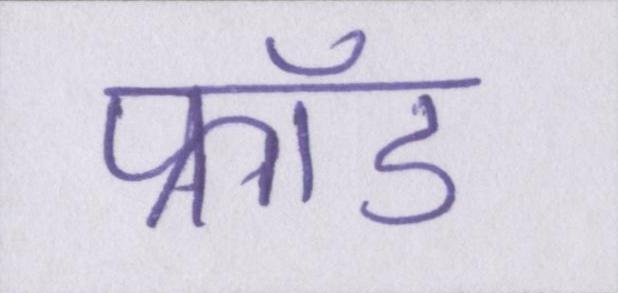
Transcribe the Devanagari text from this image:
फ्रॉड